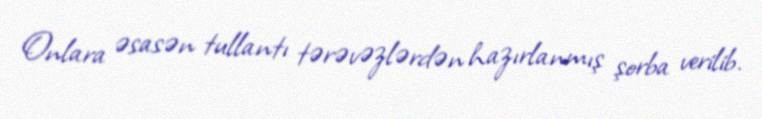
Onlara əsasən tullantı tərəvəzlərdən hazırlanmış şorba verilib.